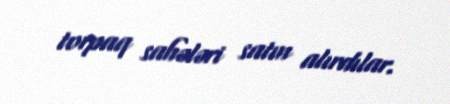
torpaq sahələri satın alırdılar.